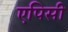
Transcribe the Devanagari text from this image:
एपिसी